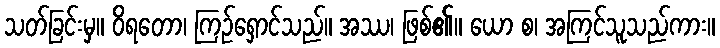
သတ်ခြင်းမှ။ ဝိရတော၊ ကြဉ်ရှောင်သည်။ အဿ၊ ဖြစ်၏။ ယော စ၊ အကြင်သူသည်ကား။